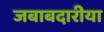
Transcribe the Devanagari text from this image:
जबाबदारीया